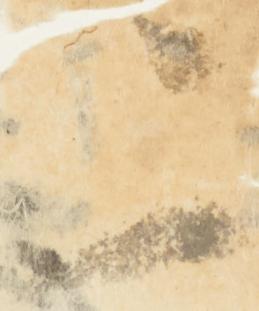
二